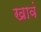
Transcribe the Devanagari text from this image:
खावं